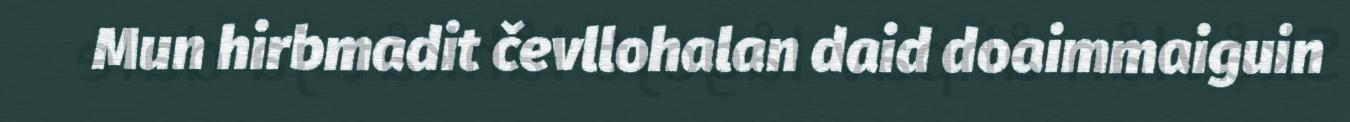
Mun hirbmadit čevllohalan daid doaimmaiguin